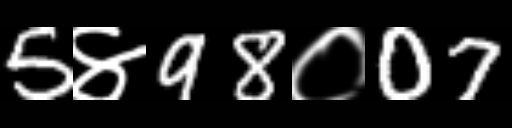
Text: 5४98०07